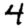
Digit: 4